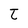
Character: t